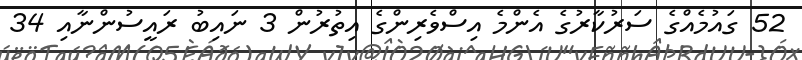
52 ގައުމެއްގެ ސަރުކާރުގެ އެންމެ އިސްވެރިންގެ އިތުރުން 3 ނައިބު ރައީސުންނާއި 34